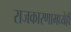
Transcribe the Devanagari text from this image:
राजकारणामध्येही